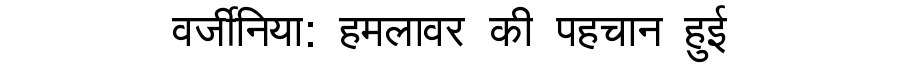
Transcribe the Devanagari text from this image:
वर्जीनिया: हमलावर की पहचान हुई